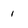
Character: i